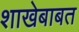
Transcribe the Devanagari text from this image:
शाखेबाबत